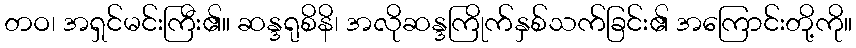
တဝ၊ အရှင်မင်းကြီး၏။ ဆန္ဒရုစိနိ၊ အလိုဆန္ဒကြိုက်နှစ်သက်ခြင်း၏ အကြောင်းတို့ကို။